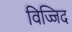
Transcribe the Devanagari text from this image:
विज्जिद